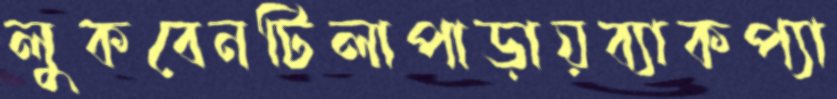
লুকবেনটিলাপাড়ায়ব্যাকপ্যা